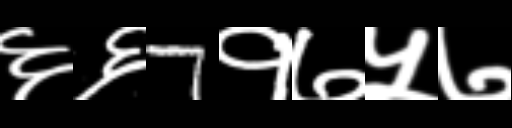
Text: ६६7१७५७